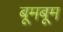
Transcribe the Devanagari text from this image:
बूमबूम